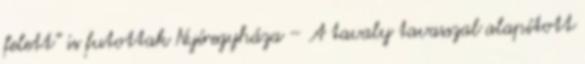
felett” is futottak Nyíregyháza – A tavaly tavasszal alapított